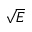
\sqrt { E }